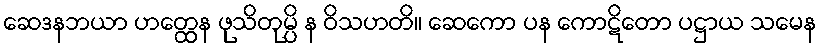
ဆေဒနဘယာ ဟတ္ထေန ဖုသိတုမ္ပိ န ဝိသဟတိ။ ဆေကော ပန ကောဋိတော ပဋ္ဌာယ သမေန